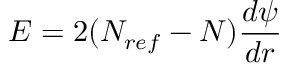
E = 2 ( N _ { r e f } - N ) \frac { d \psi } { d r }